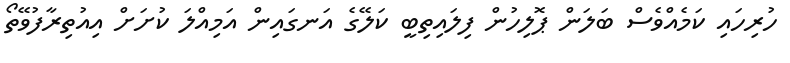
ހުރިހައި ކަމެއްވެސް ބަލަން ޕޮލިހުން ފިލައިތިބީ ކަލޭގެ އަނގައިން އަމިއްލަ ކުށަށް އިއުތިރާފުވޭތޯ